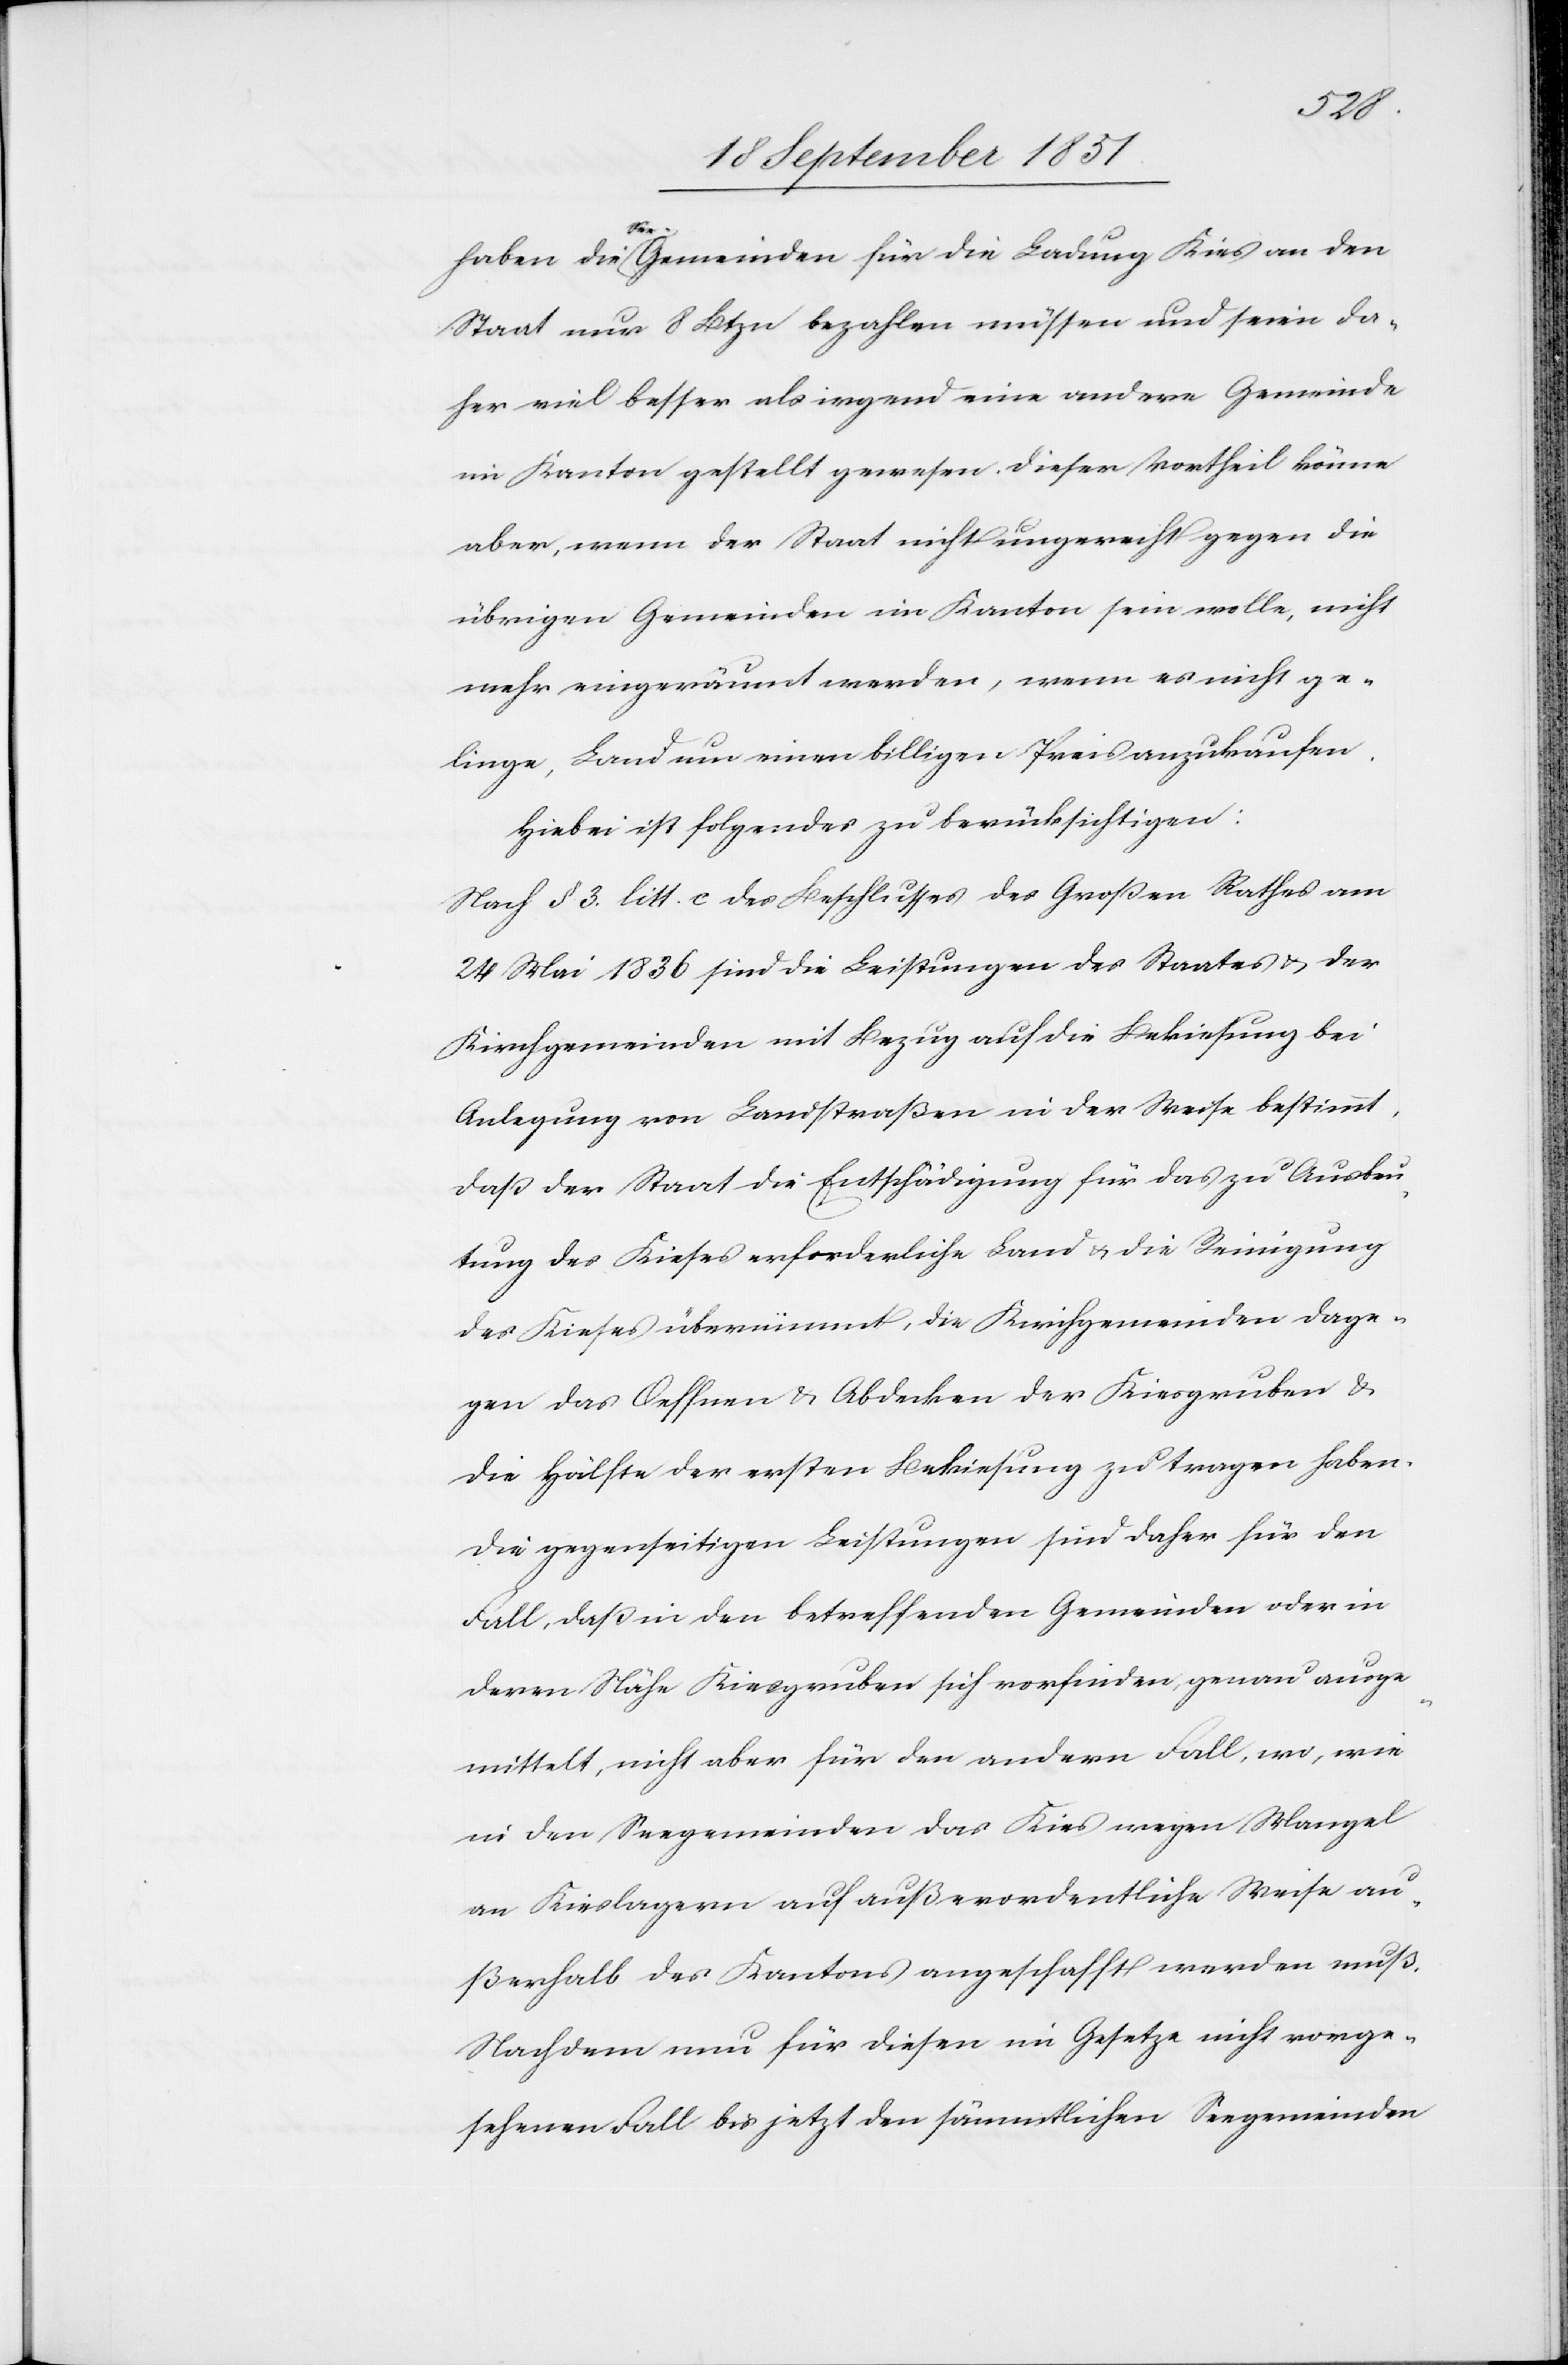
haben die See-Gemeinden für die Ladung Kies an den
Staat nur 8 Btzn bezahlen müssen und seien da¬
her viel besser als irgend eine andere Gemeinde
im Kanton gestellt gewesen. Dieser Vortheil könne
aber, wenn der Staat nicht ungerecht gegen die
übrigen Gemeinden im Kanton sein wolle, nicht
mehr eingeräumt werden, wenn es nicht ge¬
linge, Land um einen billigen Preis anzukaufen.
Hiebei ist folgendes zu berücksichtigen:
Nach § 3. litt. c des Beschlusses des Großen Rathes am
24 Mai 1836 sind die Leistungen des Staates & der
Kirchgemeinden mit Bezug auf die Bekiesung bei
Anlegung von Landstraßen in der Weise bestimmt,
daß der Staat die Entschädigung für das zu Ausbeu¬
tung des Kieses erforderliche Land & die Reinigung
des Kieses übernimmt, die Kirchgemeinden dage¬
gen das Oeffnen & Abdecken der Kiesgruben &
die Hälfte der ersten Bekiesung zu tragen haben.
Die gegenseitigen Leistungen sind daher für den
Fall, daß in den betreffenden Gemeinden oder in
deren Nähe Kiesgruben sich vorfinden, genau ausge¬
mittelt, nicht aber für den andern Fall, wo, wie
in den Seegemeinden das Kies wegen Mangel
an Kieslagern auf außerordentliche Weise au¬
ßerhalb des Kantons angeschafft werden muß.
Nachdem nun für diesen im Gesetze nicht vorge¬
sehenen Fall bis jetzt den sämmtlichen Seegemeinden